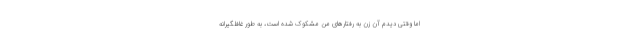
اما وقتی دیدم آن زن به رفتارهای من مشکوک شده است، به طور غافلگیرانه